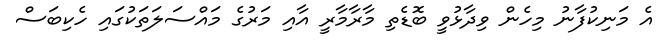
އެ މަނިކުފާނު މިހެން ވިދާޅުވީ ބޮޑެތި މާރާމާރީ އާއި މަރުގެ މައްސަލަތަކުގައި ހެކިބަސް